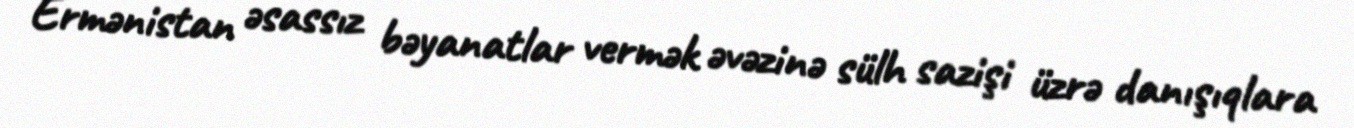
Ermənistan əsassız bəyanatlar vermək əvəzinə sülh sazişi üzrə danışıqlara